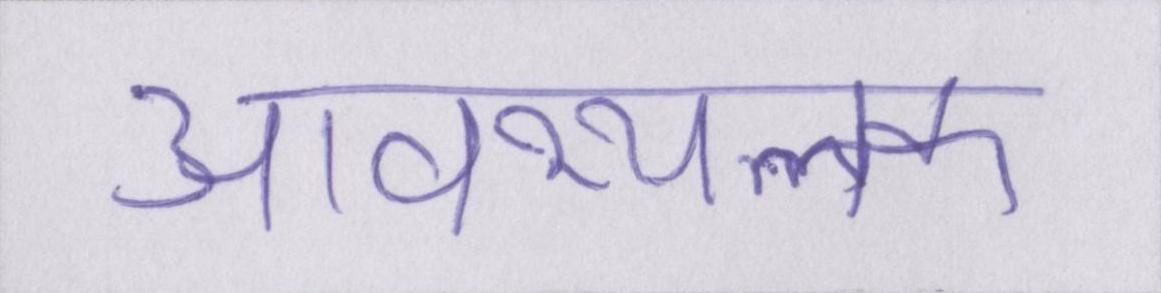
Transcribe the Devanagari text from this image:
आवश्यलक